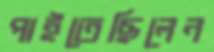
পাইতেছিলেন